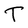
Character: T